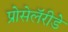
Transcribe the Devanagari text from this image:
प्रोसेलॅरीडे